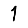
Digit: 1